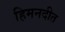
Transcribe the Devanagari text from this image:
हिमनदीत